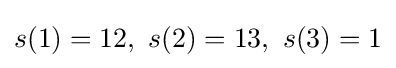
s(1)=12,\ s(2)=13,\ s(3)=1